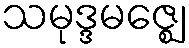
သမုဒ္ဒမဇ္ဈေ